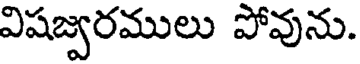
విషజ్వరములు పోవును.